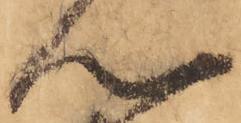
心